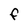
Character: F